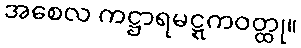
အစေလ ကဋ္ဌာရမဋ္ဋကဝတ္ထု။